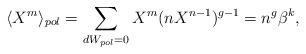
LaTeX: \begin{align*}\langle X^m \rangle_{pol} = \sum_{dW_{pol}=0} X^m (n X^{n-1})^{g-1}=n^g \beta^{k},\end{align*}